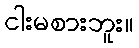
ငါးမစားဘူး။